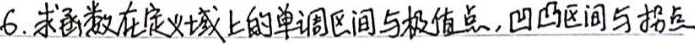
6. 求函数在定义域上的单调区间与极值点, 凹凸区间与拐点